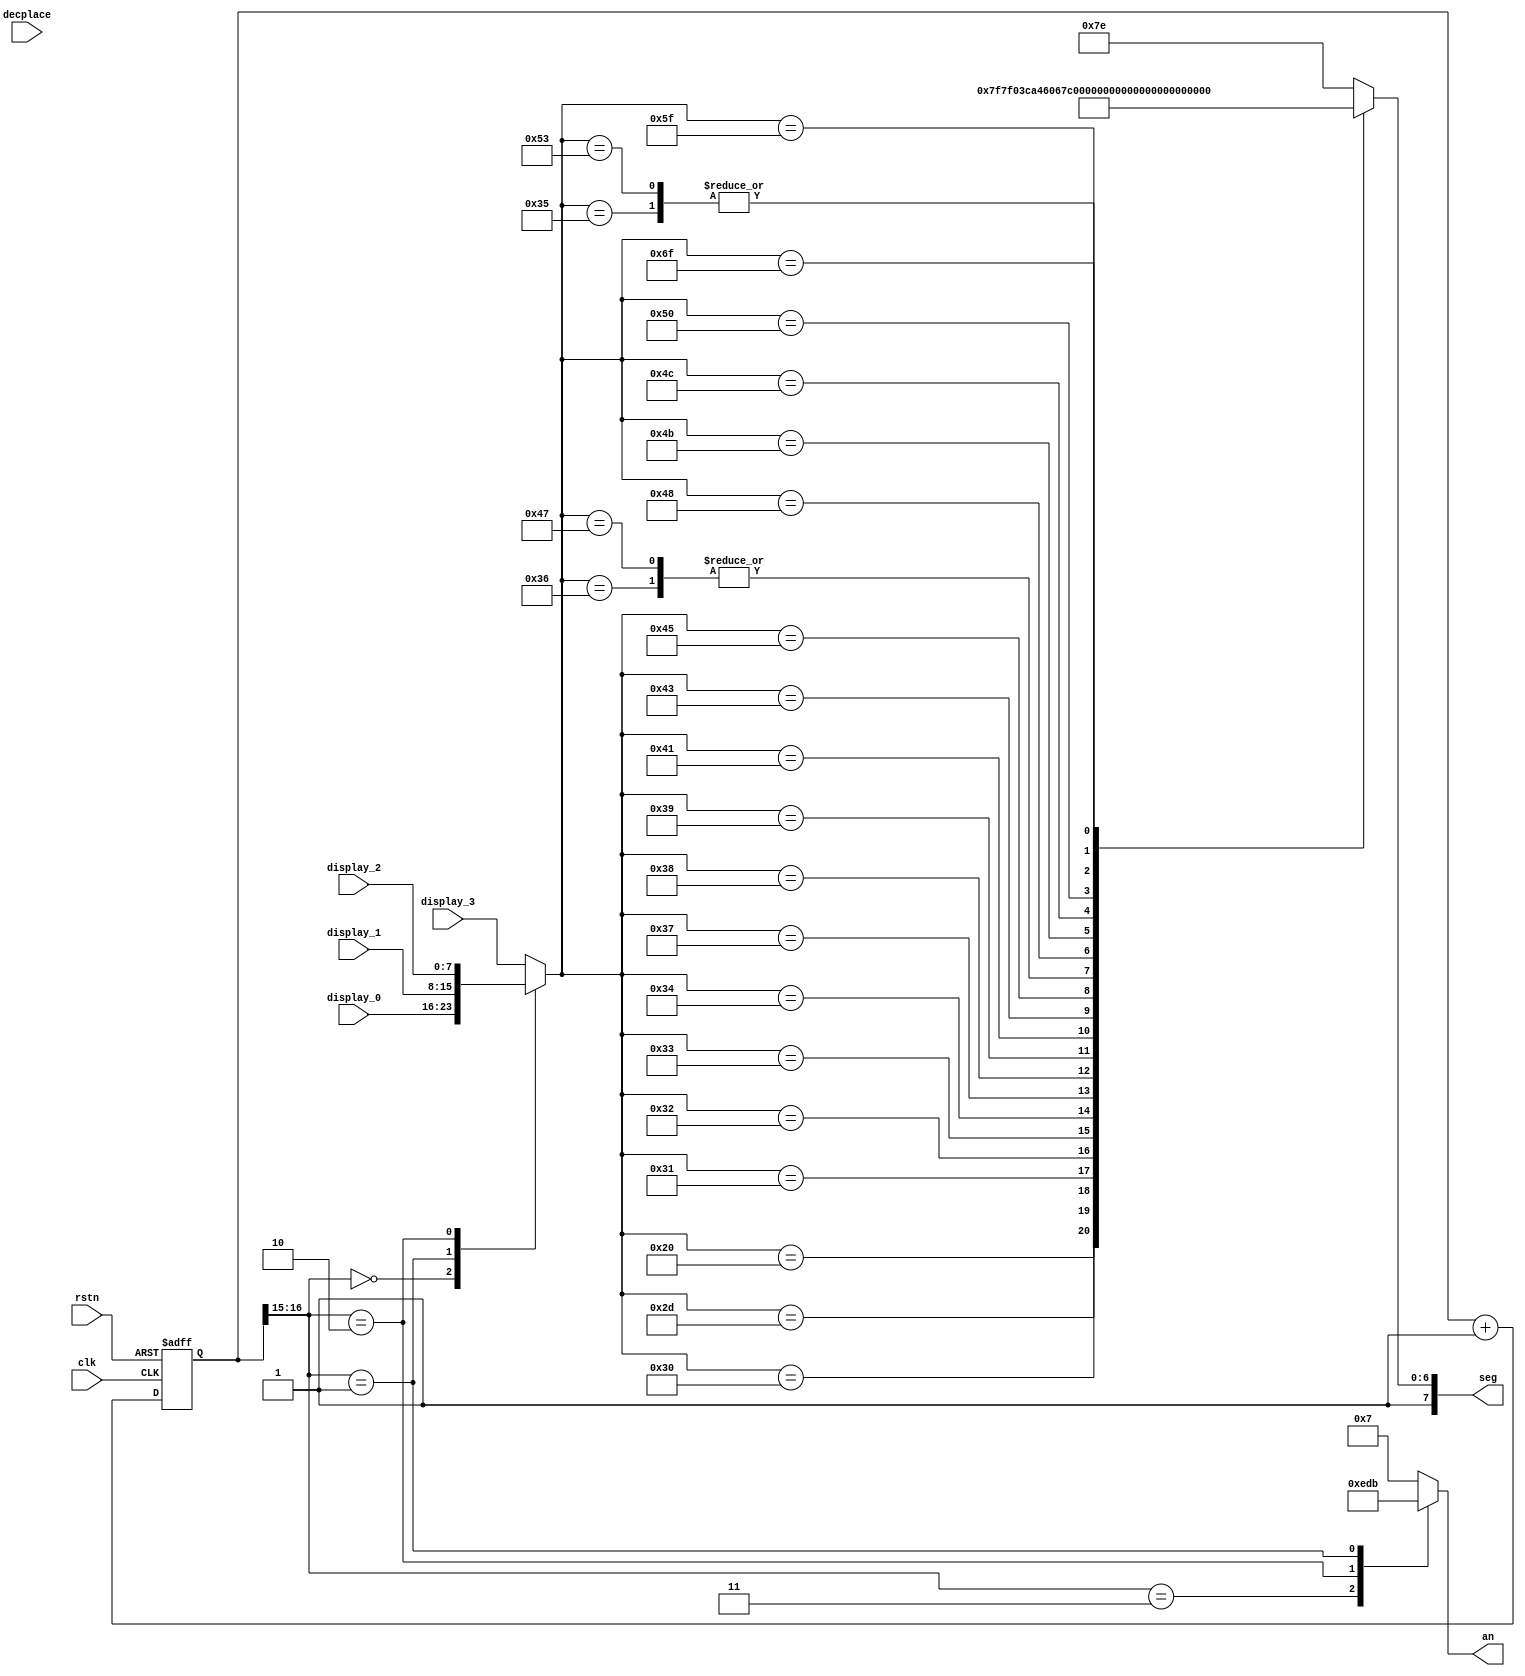
module sevenseg_2
(
	input wire        clk,
	input wire        rstn,
	input wire  [7:0] display_0,
	input wire  [7:0] display_1,
	input wire  [7:0] display_2,
	input wire  [7:0] display_3,
	input wire  [1:0] decplace,
	output reg  [7:0] seg,
	output reg  [3:0] an
);
localparam NUM_0     = 8'b11000000;
localparam NUM_1     = 8'b11111001;
localparam NUM_2     = 8'b10100100;
localparam NUM_3     = 8'b10110000;
localparam NUM_4     = 8'b10011001;
localparam NUM_5     = 8'b10010010;
localparam NUM_6     = 8'b10000010;
localparam NUM_7     = 8'b11111000;
localparam NUM_8     = 8'b10000000;
localparam NUM_9     = 8'b10010000;
localparam CHAR_A    = 8'b10001000;
localparam CHAR_B    = 8'b10000011;
localparam CHAR_C    = 8'b11000110;
localparam CHAR_D    = 8'b10100001;
localparam CHAR_E    = 8'b10000110;
localparam CHAR_F    = 8'b10001110;
localparam CHAR_G    = 8'b10000010; 
localparam CHAR_H    = 8'b10001001;
localparam CHAR_K    = 8'b10001111;
localparam CHAR_L    = 8'b11000111;
localparam CHAR_o    = 8'b10100011;
localparam CHAR_S    = 8'b10010010; 
localparam CHAR_T    = 8'b11111000; 
localparam CHAR_P    = 8'b10001100;
localparam SPACE     = 8'b11111111;
localparam HYPHEN    = 8'b10111111;
localparam UNDERLINE = 8'b11110111;
localparam OVERRLINE = 8'b11111110;
reg  [16:0] cnt;
reg  [7:0]  digit;
always @(cnt[16:15]) begin
	case (cnt[16:15])
		2'b11:   an <= 4'b1110;
		2'b10:   an <= 4'b1101;
		2'b01:   an <= 4'b1011;
		default: an <= 4'b0111;
	endcase
end
always @(cnt[16:15] or display_0 or display_1 or display_2 or display_3) begin
	case (cnt[16:15])
		2'b00:   digit <= display_0;
		2'b01:   digit <= display_1;
		2'b10:   digit <= display_2;
		default: digit <= display_3;
	endcase
	case (digit)
		8'h20: seg <= SPACE;
		8'h2d: seg <= HYPHEN;
		8'h30: seg <= NUM_0;
		8'h31: seg <= NUM_1;
		8'h32: seg <= NUM_2;
		8'h33: seg <= NUM_3;
		8'h34: seg <= NUM_4;
		8'h35: seg <= NUM_5;
		8'h36: seg <= NUM_6;
		8'h37: seg <= NUM_7;
		8'h38: seg <= NUM_8;
		8'h39: seg <= NUM_9;
		8'h41: seg <= CHAR_A;
		8'h43: seg <= CHAR_C;
		8'h45: seg <= CHAR_E;
		8'h47: seg <= CHAR_G;
		8'h48: seg <= CHAR_H;
		8'h4b: seg <= CHAR_K;
		8'h4c: seg <= CHAR_L;
		8'h50: seg <= CHAR_P;
		8'h53: seg <= CHAR_S;
		8'h5f: seg <= UNDERLINE;
		8'h6f: seg <= CHAR_o;
		default: seg <= OVERRLINE;
	endcase
end
always @(posedge clk or negedge rstn) begin
	if (!rstn) begin
		cnt <= 0;
	end
	else
		cnt <= cnt + 1;
end
endmodule